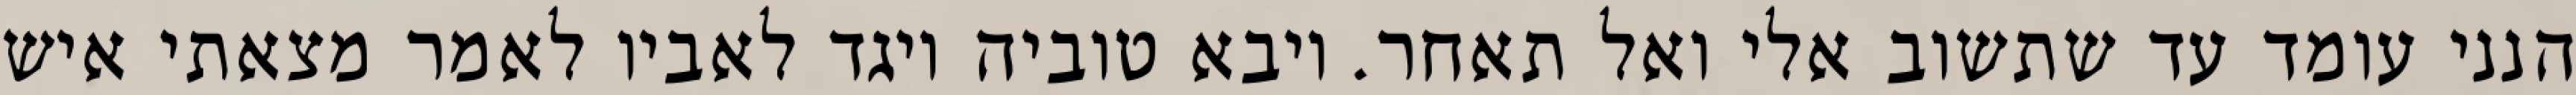
הנני עומד עד שתשוב אלי ואל תאחר. ויבא טוביה ויגד לאביו לאמר מצאתי איש